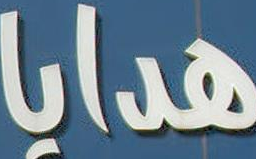
هدايا